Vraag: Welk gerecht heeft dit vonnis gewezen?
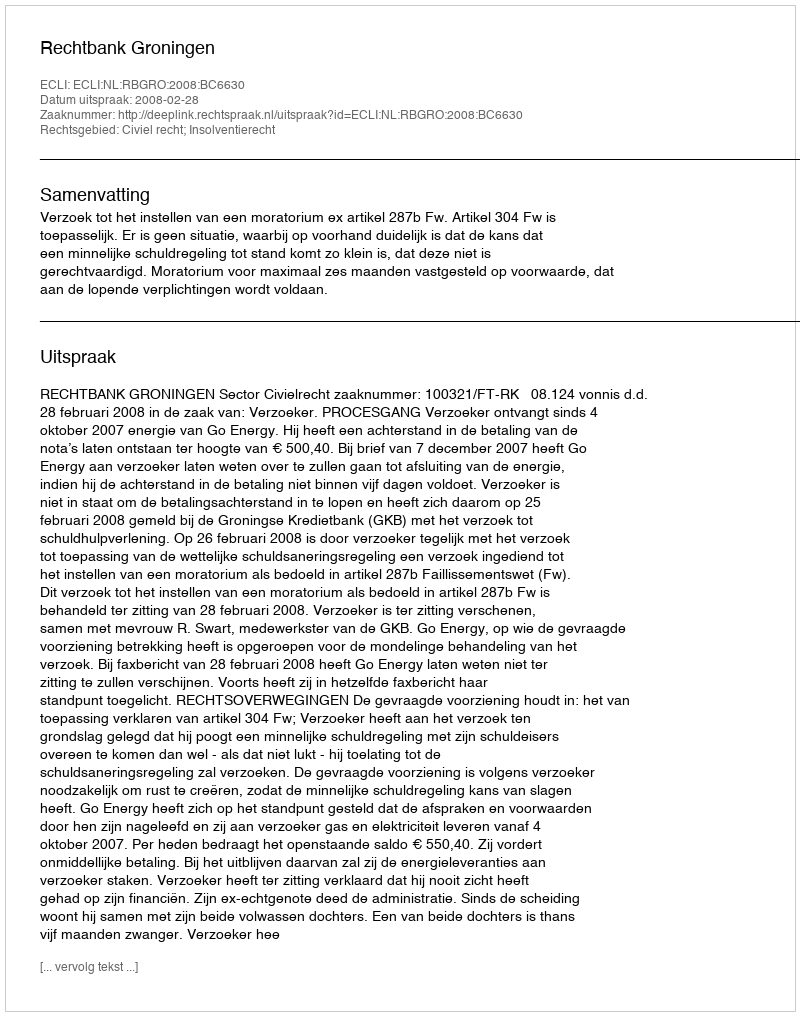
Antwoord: Rechtbank Groningen